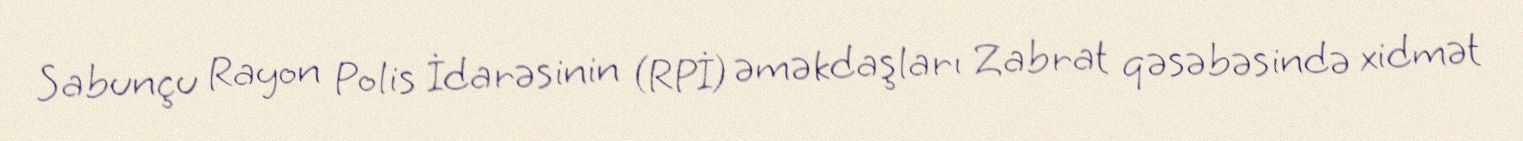
Sabunçu Rayon Polis İdarəsinin (RPİ) əməkdaşları Zabrat qəsəbəsində xidmət